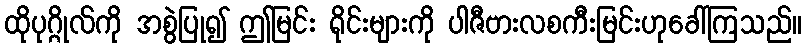
ထိုပုဂ္ဂိုလ်ကို အစွဲပြု၍ ဤမြင်း ရိုင်းများကို ပါဇီဗားလစကီးမြင်းဟုခေါ်ကြသည်။